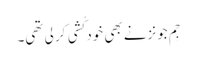
جِم جونزنے بھی خود کُشی کر لی تھی۔